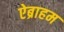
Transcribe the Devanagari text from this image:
ऐब्राहम